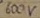
Text: 600V